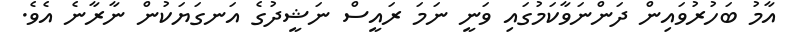
އާމު ބަހުރުވައިން ދަންނަވާކަމުގައި ވަނީ ނަމަ ރައީސް ނަޝީދުގެ އަނގަޔަކުން ނާރާނެ އެވެ.